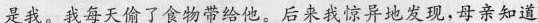
是我。我每天偷了食物带给他。后来我惊异地发现,母亲知道